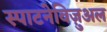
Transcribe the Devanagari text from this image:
स्पाटनेविज़ुअल